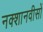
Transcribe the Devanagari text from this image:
नक्शानवीसों